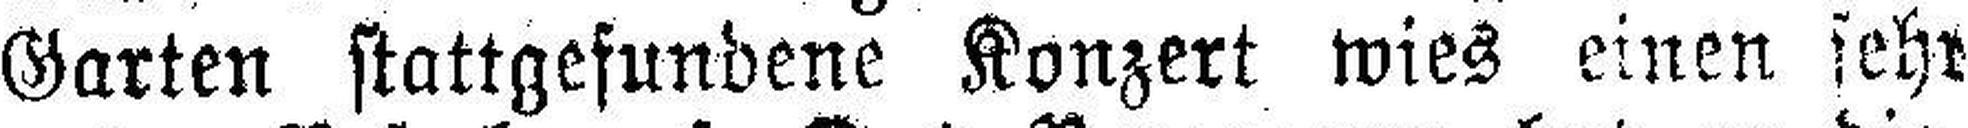
Garten stattgefundene Konzert wies einen sehr